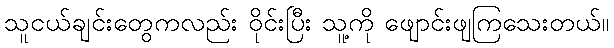
သူငယ်ချင်းတွေကလည်း ဝိုင်းပြီး သူ့ကို ဖျောင်းဖျကြသေးတယ်။